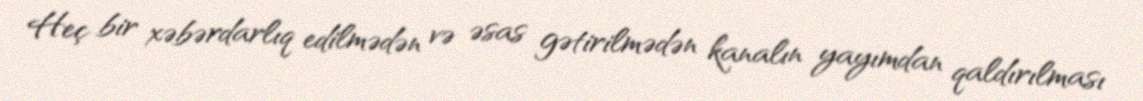
Heç bir xəbərdarlıq edilmədən və əsas gətirilmədən kanalın yayımdan qaldırılması